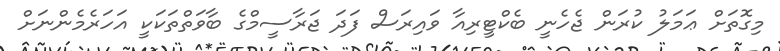
މިގޮތަށް ޢަމަލު ކުރަން ޖެހެނީ ބެކްޓީރިއާ ވައިރަސް ފަދަ ޖަރާސީމްގެ ބާވަތްތަކަކީ އަހަރެމެންނަށް